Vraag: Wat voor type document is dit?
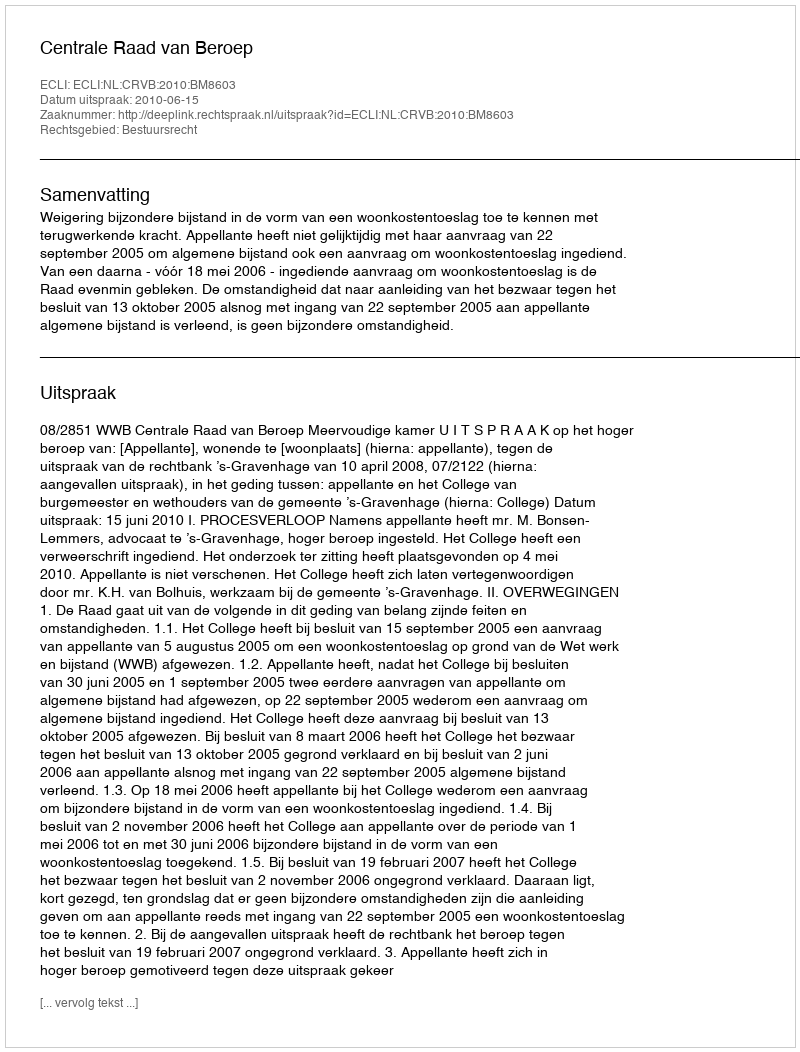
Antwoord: Uitspraak